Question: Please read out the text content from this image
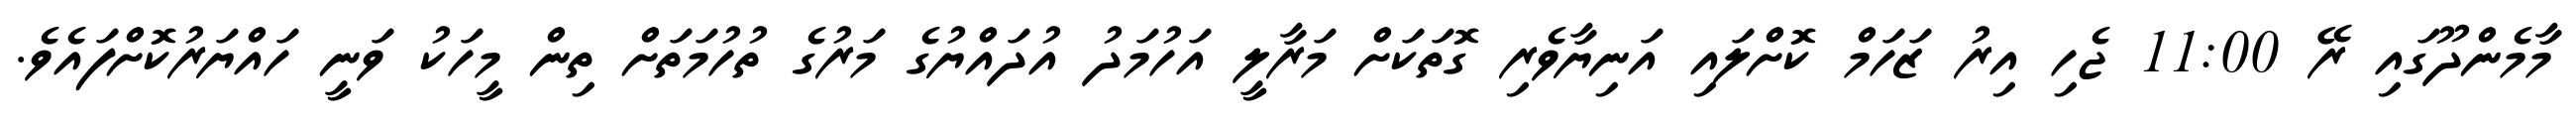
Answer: މާމެންދޫގައި ރޭ 11:00 ޖެހި އިރު ޒަހަމް ކޮށްލައި އަނިޔާވެރި ގޮތަކަށް މަރާލީ އަހުމަދު އުދައްޔުގެ މަރުގެ ތުހުމަތަށް ތިން މީހަކު ވަނީ ހައްޔަރުކޮށްފައެވެ.